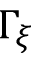
\Gamma _ { \xi }